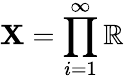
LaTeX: \mathbf{X}=\prod_{i=1}^{\infty}\mathbb{{R}}